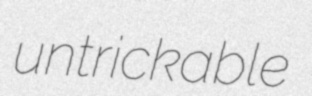
untrickable